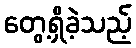
တွေ့ရှိခဲ့သည့်